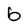
Character: b